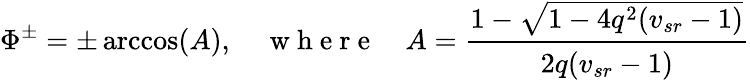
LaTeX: \Phi^{\pm}=\pm\operatorname{arccos}(A),\quad\mathrm{~w~h~e~r~e~}\quad A=\cfrac{1-\sqrt{1-4q^{2}(v_{sr}-1)}}{2q(v_{sr}-1)}